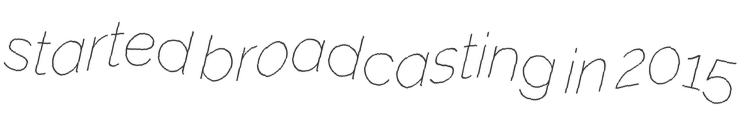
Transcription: started broadcasting in 2015